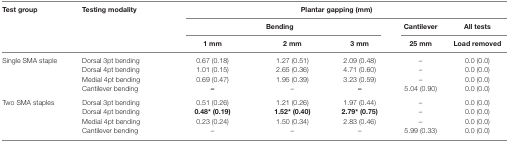
<table><thead><tr><td rowspan="3"><b>Test group</b></td><td rowspan="3"><b>Testing modality</b></td><td colspan="5"><b>Plantar gapping (mm)</b></td></tr><tr><td colspan="3"><b>Bending</b></td><td><b>Cantilever</b></td><td><b>All tests</b></td></tr><tr><td></td><td></td><td><b>1 mm</b></td><td><b>2 mm</b></td><td><b>3 mm</b></td><td><b>25 mm</b></td><td><b>Load removed</b></td></tr></thead><tbody><tr><td rowspan="4">Single SMA staple</td><td>Dorsal 3pt bending</td><td>0.67 (0.18)</td><td>1.27 (0.51)</td><td>2.09 (0.48)</td><td>–</td><td>0.0 (0.0)</td></tr><tr><td>Dorsal 4pt bending</td><td>1.01 (0.15)</td><td>2.65 (0.36)</td><td>4.71 (0.60)</td><td>–</td><td>0.0 (0.0)</td></tr><tr><td>Medial 4pt bending</td><td>0.69 (0.47)</td><td>1.95 (0.39)</td><td>3.23 (0.59)</td><td>–</td><td>0.0 (0.0)</td></tr><tr><td>Cantilever bending</td><td>–</td><td>–</td><td>–</td><td>5.04 (0.90)</td><td>0.0 (0.0)</td></tr><tr><td rowspan="4">Two SMA staples</td><td>Dorsal 3pt bending</td><td>0.51 (0.26)</td><td>1.21 (0.26)</td><td>1.97 (0.44)</td><td>–</td><td>0.0 (0.0)</td></tr><tr><td>Dorsal 4pt bending</td><td><b>0.48* (0.19)</b></td><td><b>1.52* (0.40)</b></td><td><b>2.79* (0.75)</b></td><td>–</td><td>0.0 (0.0)</td></tr><tr><td>Medial 4pt bending</td><td>0.23 (0.24)</td><td>1.50 (0.34)</td><td>2.83 (0.46)</td><td>–</td><td>0.0 (0.0)</td></tr><tr><td>Cantilever bending</td><td>–</td><td>–</td><td>–</td><td>5.99 (0.33)</td><td>0.0 (0.0)</td></tr></tbody></table>